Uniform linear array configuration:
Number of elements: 12
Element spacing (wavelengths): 0.5
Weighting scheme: uniform
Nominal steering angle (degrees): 45
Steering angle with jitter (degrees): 46.666
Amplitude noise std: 0.05
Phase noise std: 0.05

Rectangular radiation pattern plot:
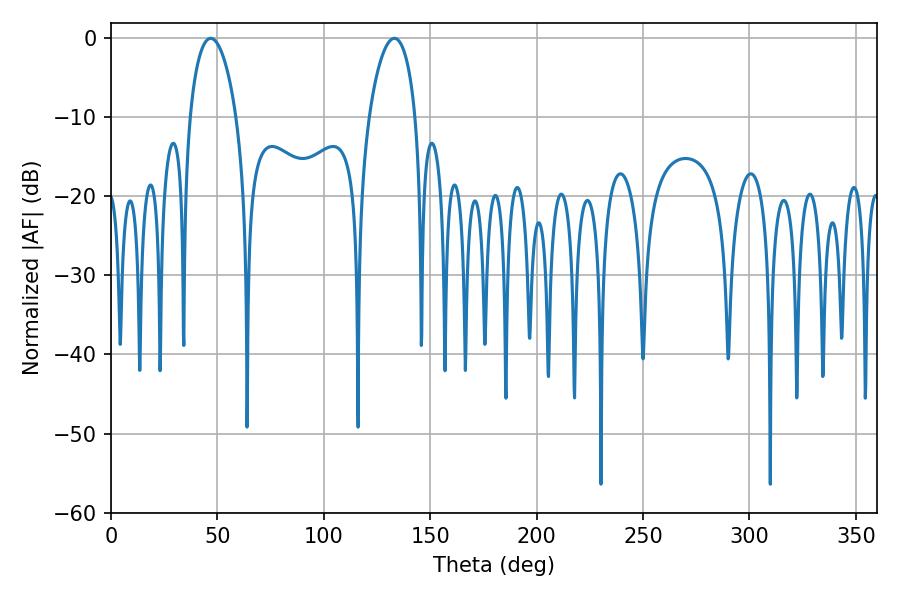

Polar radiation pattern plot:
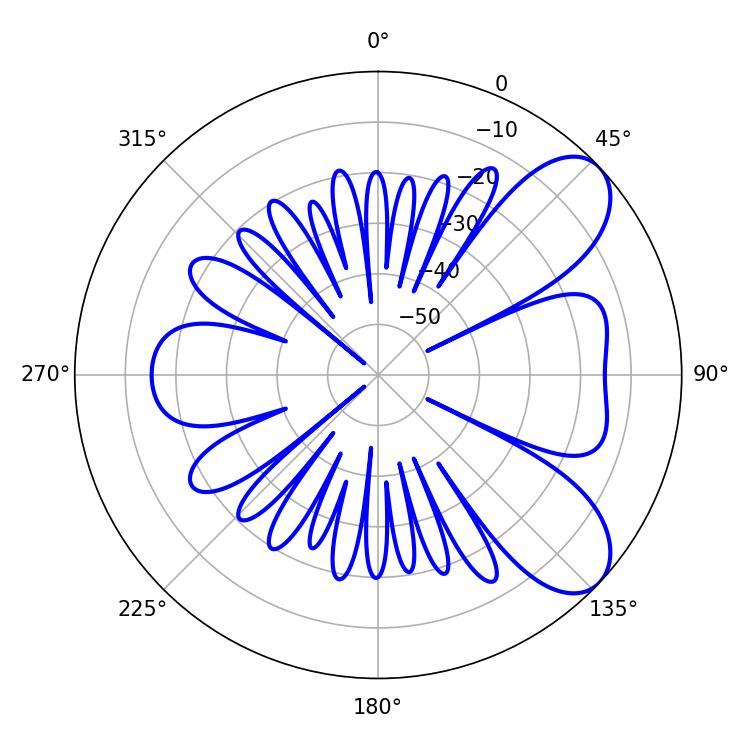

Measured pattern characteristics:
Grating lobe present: FALSE
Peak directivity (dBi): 7.64
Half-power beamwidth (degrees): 12.42
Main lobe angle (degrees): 46.8